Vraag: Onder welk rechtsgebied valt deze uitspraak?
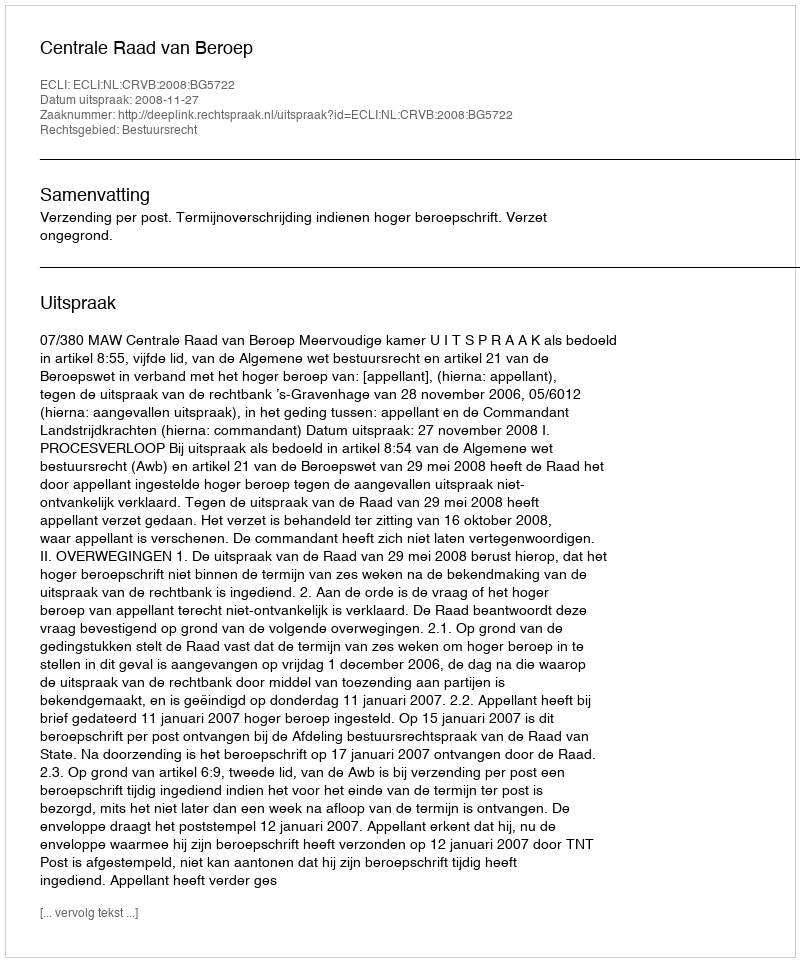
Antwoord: Bestuursrecht